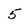
Character: 5